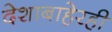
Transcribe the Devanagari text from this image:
देशाबाहेरही